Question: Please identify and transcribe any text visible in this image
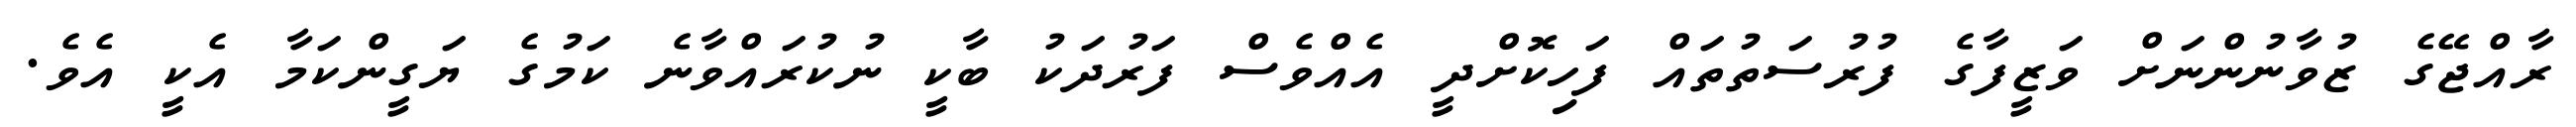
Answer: ރާއްޖޭގެ ޒުވާނުންނަށް ވަޒީފާގެ ފުރުސަތުތައް ފަހިކޮށްދީ އެއްވެސް ފަރުދަކު ބާކީ ނުކުރައްވާނެ ކަމުގެ ޔަގީންކަމާ އެކީ އެވެ.